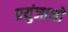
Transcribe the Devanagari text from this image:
प्रयुंजानो